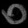
Digit: ၀